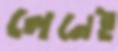
লেনেই